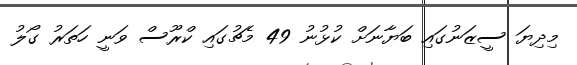
މިދިޔަ ސީޒަނުގައި ބަޔާނަށް ކުޅުނު 49 މެޗުގައި ކްރޫސް ވަނީ ހަތަރު ގޯލު